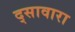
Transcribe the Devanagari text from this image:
द्सावारा